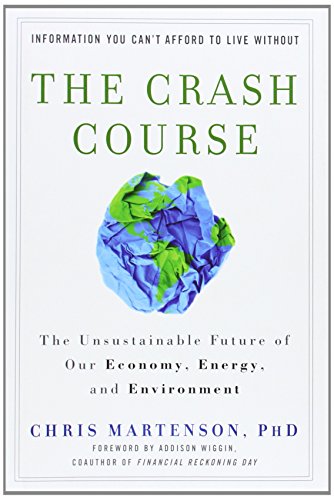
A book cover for The Crash Course: The Unsustainable Future Of Our Economy, Energy, And Environment; Chris Martenson; Business & Money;